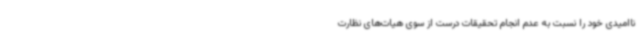
ناامیدی خود را نسبت به عدم انجام تحقیقات درست از سوی هیات‌های نظارت